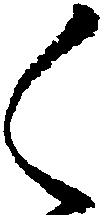
く